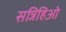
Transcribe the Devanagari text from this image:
सन्निहिओ